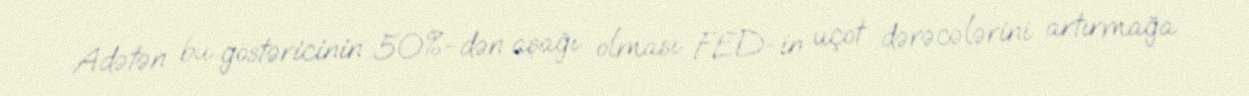
Adətən bu göstəricinin 50%-dən aşağı olması FED-in uçot dərəcələrini artırmağa